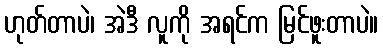
ဟုတ်တာပဲ၊ အဲဒီ လူကို အရင်က မြင်ဖူးတာပဲ။